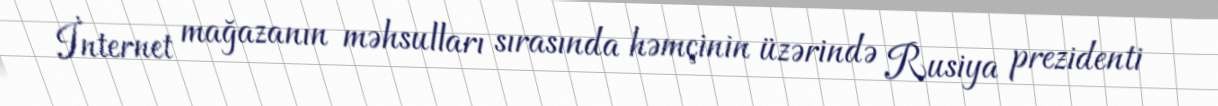
İnternet mağazanın məhsulları sırasında həmçinin üzərində Rusiya prezidenti